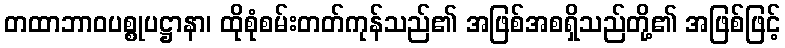
တထာဘာဝပစ္စုပဋ္ဌာနာ၊ ထိုစုံစမ်းတတ်ကုန်သည်၏ အဖြစ်အစရှိသည်တို့၏ အဖြစ်ဖြင့်